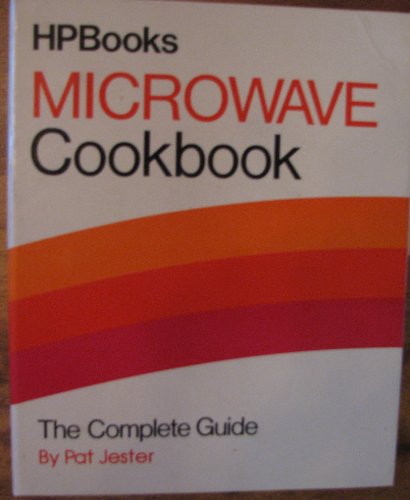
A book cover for Microwave Cookbook(h); Pat Jester; Cookbooks, Food & Wine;